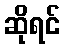
ဆိုရင်